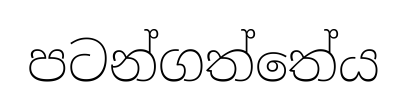
පටන්ගත්තේය